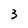
Character: 3